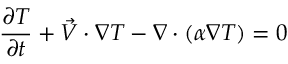
\frac { \partial T } { \partial t } + \vec { V } \cdot \nabla T - \nabla \cdot ( \alpha \nabla T ) = 0